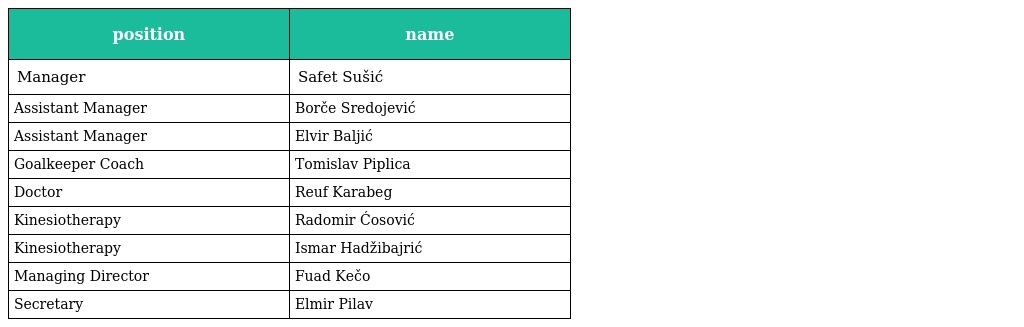
| position | name |
 | --- | --- |
 | Manager | Safet Sušić |
 | Assistant Manager | Borče Sredojević |
 | Assistant Manager | Elvir Baljić |
 | Goalkeeper Coach | Tomislav Piplica |
 | Doctor | Reuf Karabeg |
 | Kinesiotherapy | Radomir Ćosović |
 | Kinesiotherapy | Ismar Hadžibajrić |
 | Managing Director | Fuad Kečo |
 | Secretary | Elmir Pilav |